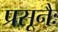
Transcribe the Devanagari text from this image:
प्रसूनैः